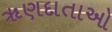
ૠણદાતાઓ